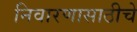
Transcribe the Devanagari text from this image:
निवारणासाठीचे